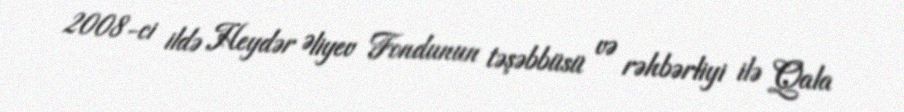
2008-ci ildə Heydər Əliyev Fondunun təşəbbüsü və rəhbərliyi ilə Qala